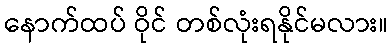
နောက်ထပ် ဝိုင် တစ်လုံးရနိုင်မလား။